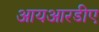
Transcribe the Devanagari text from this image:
आयआरडीए